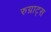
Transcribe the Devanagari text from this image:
रुग्राट्स